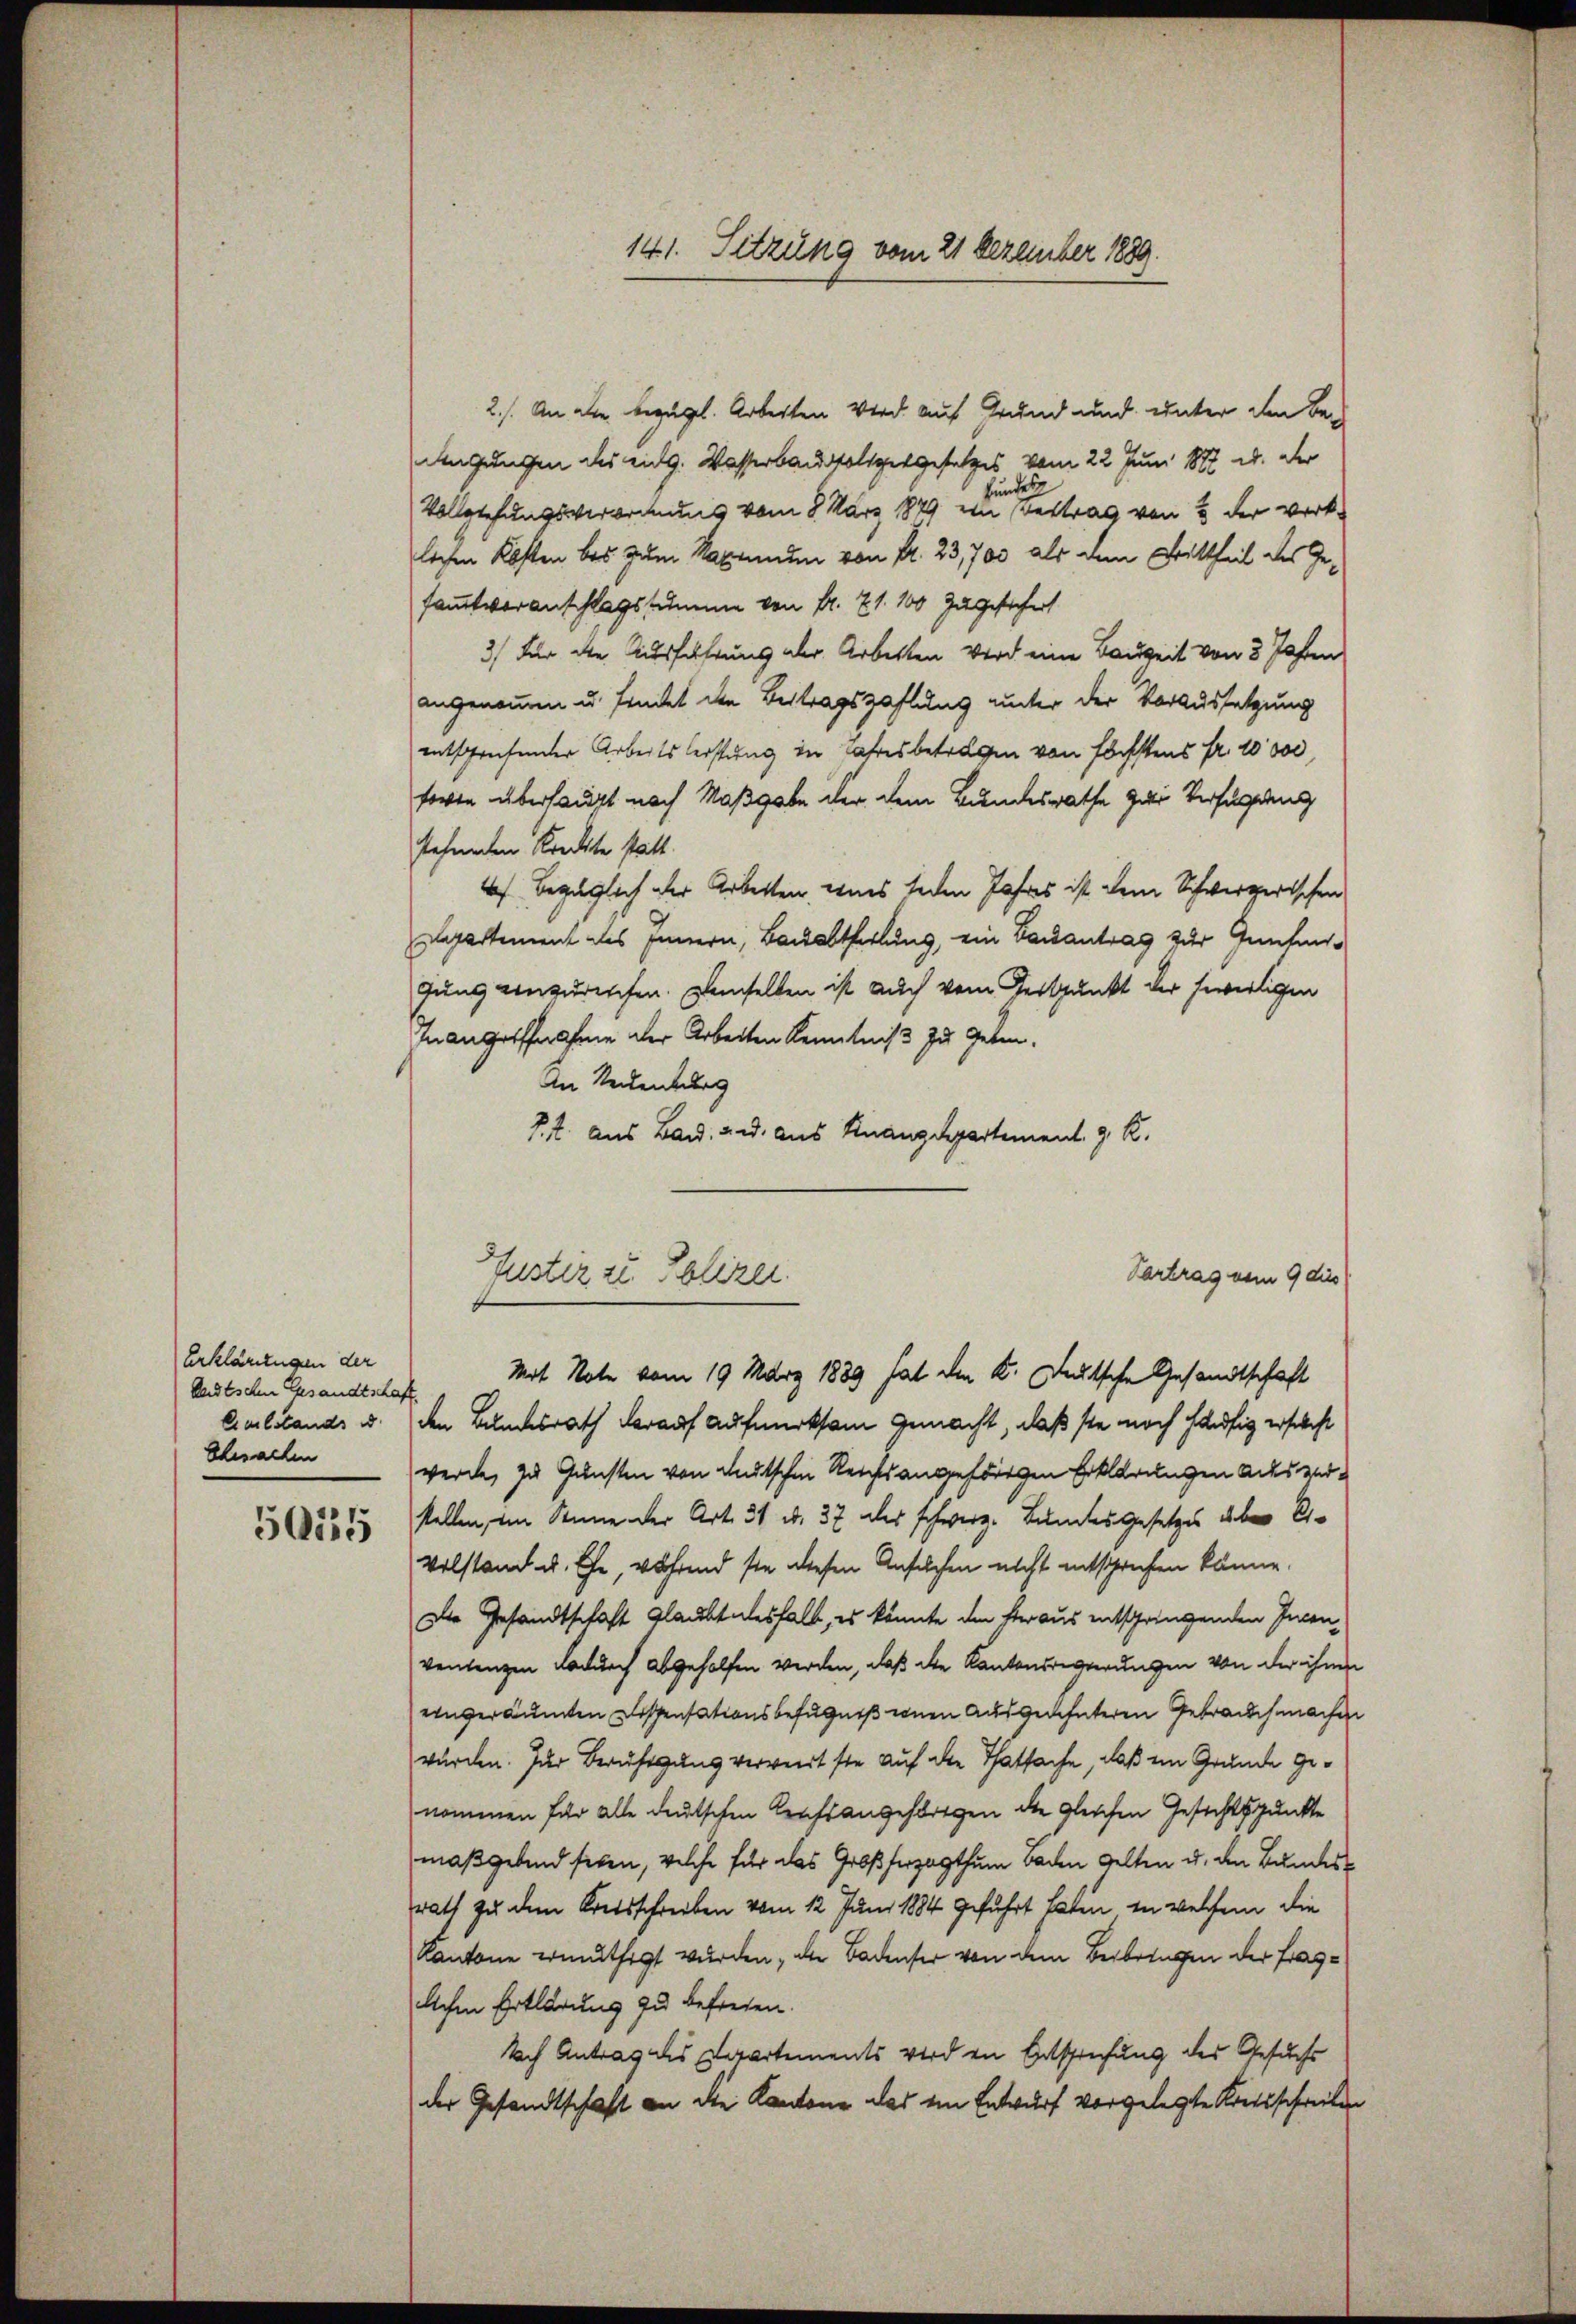
Erklärungen der
lndtschen Gesandtschaft.
Ehesachen
5015

141. Sitzung vom 21 Dezember 1889.

2./. An die bezügl. Arbeiten wird auf Grund und unter den Be-
dengungen des eidg. Wasserbausfolgetgesetzes vom 22. Juni 1887 u. der
Hundes
Vollziehungsverordnung vom 8. März 1879 in Bestrag von 2 der verke
lichen Kosten bis zum Maximum von Nr. 23,700 als dem Brittheil des Gesamtveranschlagssumme von Fr. 71. 100 zugesichert
3) Für die Ausführung aber Arbeiten wird eine Bauzeit von 3 Jahren
angenommen u. findet die Bestragszahlung unter der Voraussetzung
entsprechender Arbeitsleistung in Jahresbetragen von höchstens fr. 10000
soren überhaupt nach Maßgabe der dem Bundesrathe zur Verfügung
stehenden Kredite statt.
Ich bezüglich der Arbeiten, eines jeden Jahres ist dem Schwerzerischen
Departement des Innern, Bauabtheilung, ein Bauantrag zur Genfengung einzurechen. Demselben ist auch vom Zeitpunkt der soweitigen
Inangriffnahme der Arbeiten Kenntniß zu geben.
An Seckenburg
P.Z. aus Band, und aus Knanzdepartement. g. K.
Vertrag vom 9 dies
Gustiz zu Polizei.
Mit Note vom 19. März 1889 hat den K. Deutsche Gesandtschaft
Aulstands u. den Bundesrath darauf Aufmerksam gemacht, daß sie noch häufig erschaft
werde, zu Gunsten von deutschen Reichtsangehörigen Erklärungen aus verstellen, im Sinne der Art. 31 d. 37 des schweiz. Bundesgesetzes aber Er-
Volstand u. Ehe, während sie diesen Ansuchen nicht entsprechen könne.
Die Gesandtschaft glaubtelesfall, es könnte den heraus entspringenden Incen-
ventengen dadurch abgeholfen werden, daß die Kantonsregierungen von der ihne
einveräumten Dissensationsbefugniß einen ausgedehnteren Gebrauch machen
wurden. Zur Beruhigung verweit sie auf die Thatsache, daß ein Grunde genommen für alle deutschen Krafsangehörigen die gleichen Gesichtspunkte
maßgebend sehen, welche für das Großherzogthum Baden gelten u. den Bundesrath zu dem Kreisschreiben vom 12. Juni 1884 geführt haben in welchem die
Kantone ermuthigt wurden, die Badenser von dem Beibringen der Fraglichen Erklärung zu befreien.
Nach Antrag des Departements werden Entsprechung des Gesuchs
der Gesandtschaft an die Kantone das im Entwurf vorgelegte Kreisschreiben